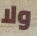
ولا